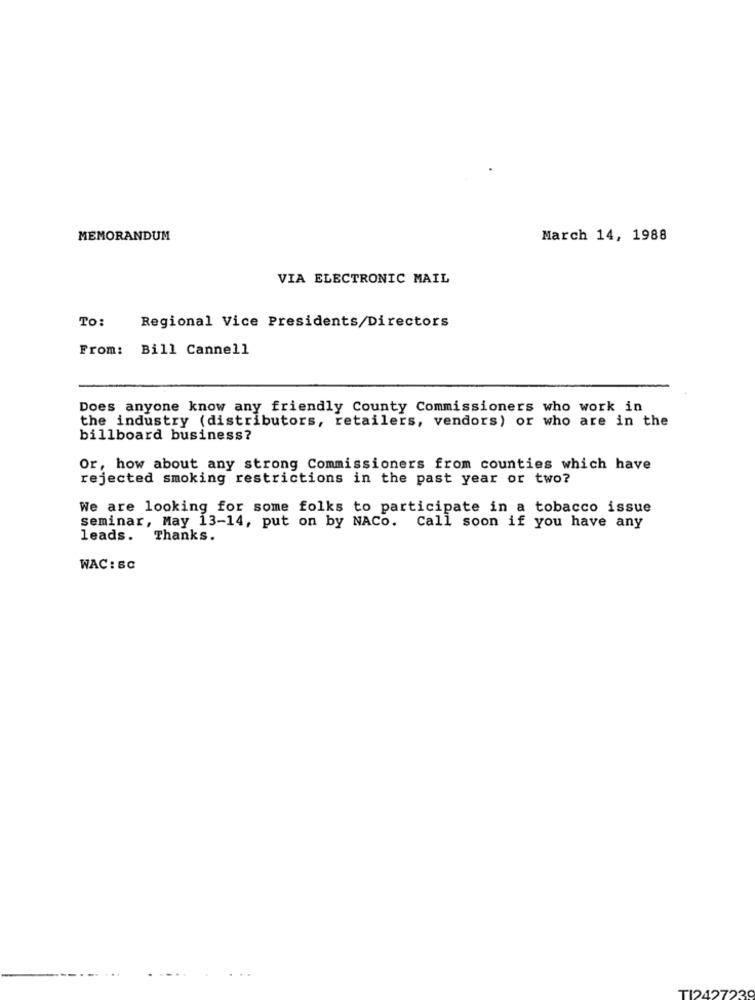
MEMORANDUM
March 14, 1988
VIA ELECTRONIC MAIL
To:
Regional Vice Presidents/Directors
From: Bill Cannell
Does anyone know any friendly County Commissioners who work in
the industry (distributors, retailers, vendors) or who are in the
billboard business?
Or, how about any strong Commissioners from counties which have
rejected smoking restrictions in the past year or two?
We are looking for some folks to participate in a tobacco issue
seminar, May 13-14, put on by NACo. Call soon if you have any
leads. Thanks.
WAC: SC
TI2427239